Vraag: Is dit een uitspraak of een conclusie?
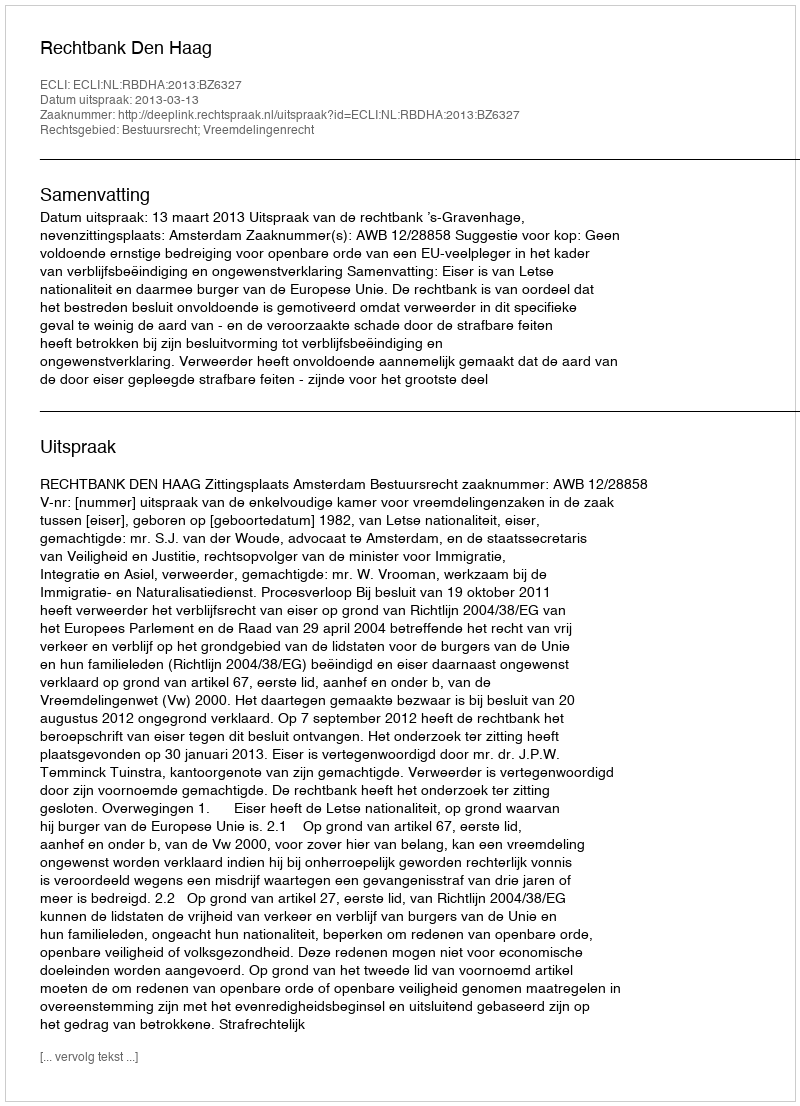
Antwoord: Uitspraak